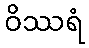
ဝိဿရံ